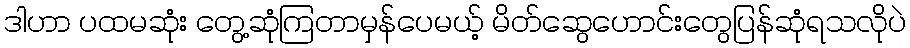
ဒါဟာ ပထမဆုံး တွေ့ဆုံကြတာမှန်ပေမယ့် မိတ်ဆွေဟောင်းတွေပြန်ဆုံရသလိုပဲ